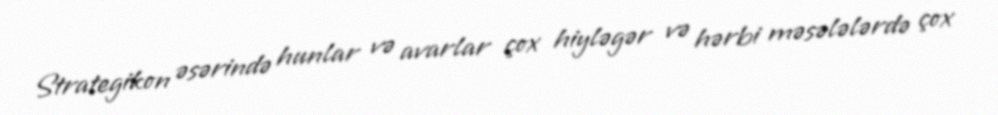
Strategikon əsərində hunlar və avarlar çox hiyləgər və hərbi məsələlərdə çox